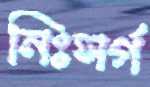
নিঃসর্গ